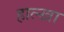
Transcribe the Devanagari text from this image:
हाल्खा